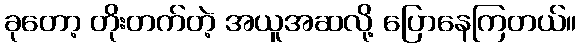
ခုတော့ တိုးတက်တဲ့ အယူအဆလို့ ပြောနေကြတယ်။